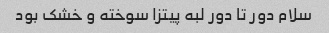
سلام دور تا دور لبه پیتزا سوخته و خشک بود